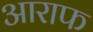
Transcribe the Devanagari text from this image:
आराफ